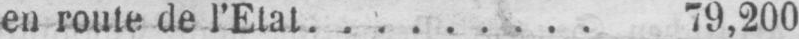
en route de l’Etat. ........ 79,200